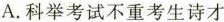
A.科举考试不重考生诗才